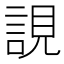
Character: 誢